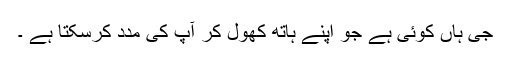
جی ہاں کوئی ہے جو اپنے ہاتھ کھول کر آپ کی مدد کرسکتا ہے ۔